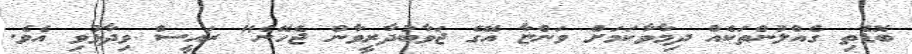
ބޮޑެތި ގެއްލުންތަކެއް ދިމާވާކަމަށް ވަންޏާ އޭގެ ޖަވާބުދާރީވާން ޖެހޭނެ" ރައީސް ވިދާޅުވި އެވެ.